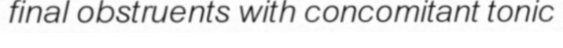
final obstruents with concomitant tonic